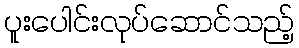
ပူးပေါင်းလုပ်ဆောင်သည့်